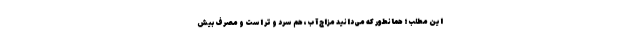
این مطلب؛ همانطور که می‌دانید مزاج آب، هم سرد و تر است و مصرف بیش